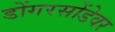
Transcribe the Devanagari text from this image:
डोंगरसोंडेवर